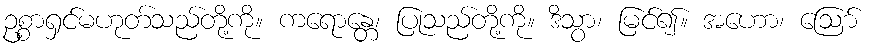
ဥစ္စာရှင်မဟုတ်သည်တို့ကို။ ကရောန္တေ၊ ပြုသည်တို့ကို။ ဒိသွာ၊ မြင်၍။ အဟော၊ ဩော်